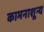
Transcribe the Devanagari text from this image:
कामनाशून्य